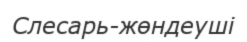
Слесарь-жөндеуші